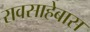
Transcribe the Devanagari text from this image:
रावसाहेबास